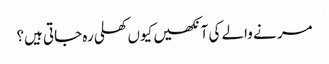
مر نے والے کی آنکھیں کیوں کھلی رہ جاتی ہیں؟